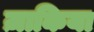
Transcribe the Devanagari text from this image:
ज़ाकिया